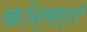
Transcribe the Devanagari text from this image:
कॉन्सर्टो